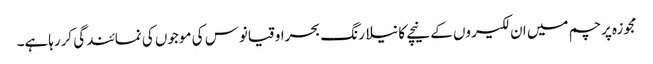
مجوزہ پرچم میں ان لکیروں کے نیچے کا نیلا رنگ بحراوقیانوس کی موجوں کی نمائندگی کررہاہے۔